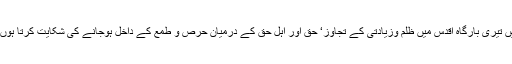
میں تیری بارگاہ اقدس میں ظلم وزیادتی کے تجاوز‘ حق اور اہل حق کے درمیان حرص و طمع کے داخل ہوجانے کی شکایت کرتا ہوں‘‘۔